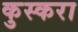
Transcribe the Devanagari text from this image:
कुस्करा